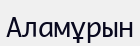
Аламұрын